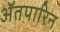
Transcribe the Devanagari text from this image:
अॅतपारिन